Source: Computer-generated
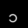
Digit: ၁ (1)